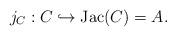
LaTeX: \begin{align*}j_C: C \hookrightarrow \mathrm{Jac}(C) = A.\end{align*}